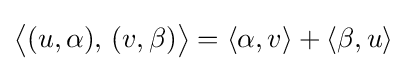
{\bigl \langle }(u,\alpha ),\,(v,\beta ){\bigr \rangle }=\left\langle \alpha ,v\right\rangle +\left\langle \beta ,u\right\rangle